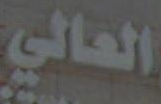
العالي